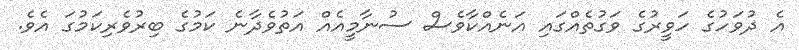
އެ ދުވަހުގެ ހަވީރުގެ ވަގުތެއްގައި އަނެއްކާވެސް ސުނާމީއެއް އަތުވެދާނެ ކަމުގެ ބިރުވެރިކަމުގަ އެވެ.